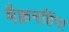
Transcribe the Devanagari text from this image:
मैक्रनहिंगा